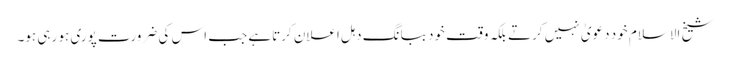
شیخ الاسلام خود دعویٰ نہیں کرتے بلکہ وقت خود ببانگ دہل اعلان کرتاہے جب اس کی ضرورت پوری ہو رہی ہو۔